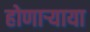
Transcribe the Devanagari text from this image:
होणार्‍याया